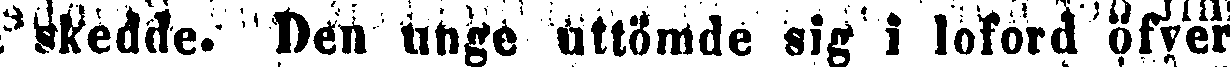
skedde. Den unge uttömde sig i loford öfver